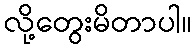
လို့တွေးမိတာပါ။